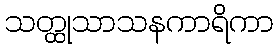
သတ္ထုသာသနကာရိကာ